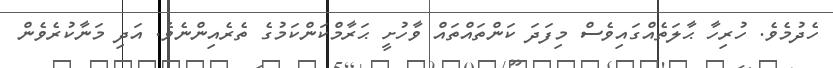
ހެދުމެވެ. ހުރިހާ ޙާލަތެއްގައިވެސް މިފަދަ ކަންތައްތައް ވާހުށީ ޙަރާމްކަންކަމުގެ ތެރެއިންނެވެ. އަދި މަނާކުރެވެން